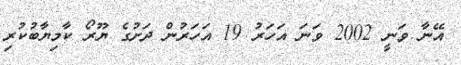
އޭނާ ވަނީ 2002 ވަނަ އަހަރު 19 އަހަރުން ދަށުގެ ޔޫރޯ ކާމިޔާބުކުރި